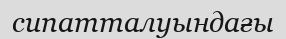
сипатталуындағы